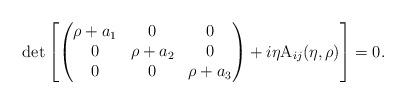
LaTeX: \begin{align*}\det \left[\begin{pmatrix}\rho+a_1 & 0 & 0\\0& \rho+a_2 & 0\\0 & 0 & \rho+a_3\\\end{pmatrix}+i\eta \mathrm{A}_{ij}(\eta,\rho)\right]=0.\end{align*}